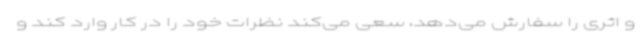
و اثری را سفارش می‌دهد، سعی می‌کند نظرات خود را در کار وارد کند و